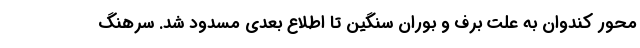
محور کندوان به علت برف و بوران سنگین تا اطلاع بعدی مسدود شد. سرهنگ